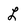
Character: L